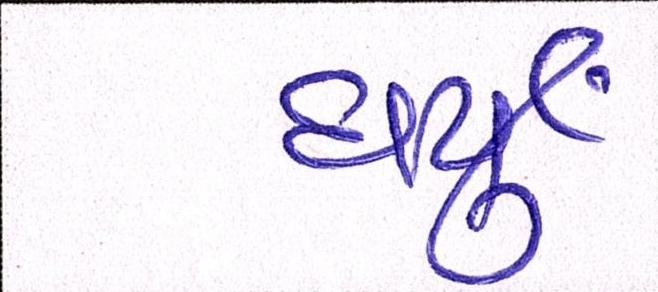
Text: ધર્યું